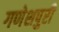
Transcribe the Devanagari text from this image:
गणेशपुरी